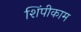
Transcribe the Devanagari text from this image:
शिंपीकाम